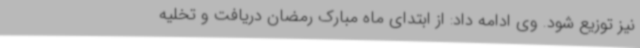
نیز توزیع شود. وی ادامه داد: از ابتدای ماه مبارک رمضان دریافت و تخلیه